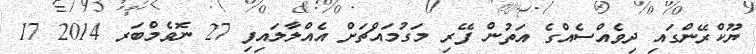
ޔޫކްރޭންގައި ދިވެއްސެއްގެ އަތުން ފޭރި މަގުމައްޗަށް އެއްލާލައިފި 27 ނޮވެމްބަރ 2014 17